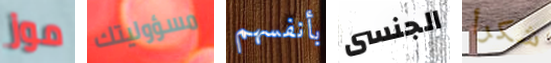
موز مسؤوليتك بأنفسهم الجنسى شكرأ